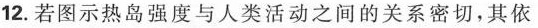
12.若图示热岛强度与人类活动之间的关系密切，其依